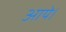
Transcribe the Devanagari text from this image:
आयेे।